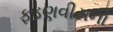
ફડણવીસનો